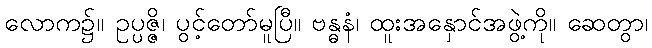
လောက၌။ ဥပ္ပဇ္ဇိ၊ ပွင့်တော်မူပြီ။ ဗန္ဓနံ၊ ထူးအနှောင်အဖွဲ့ကို။ ဆေတွာ၊